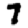
Digit: 7